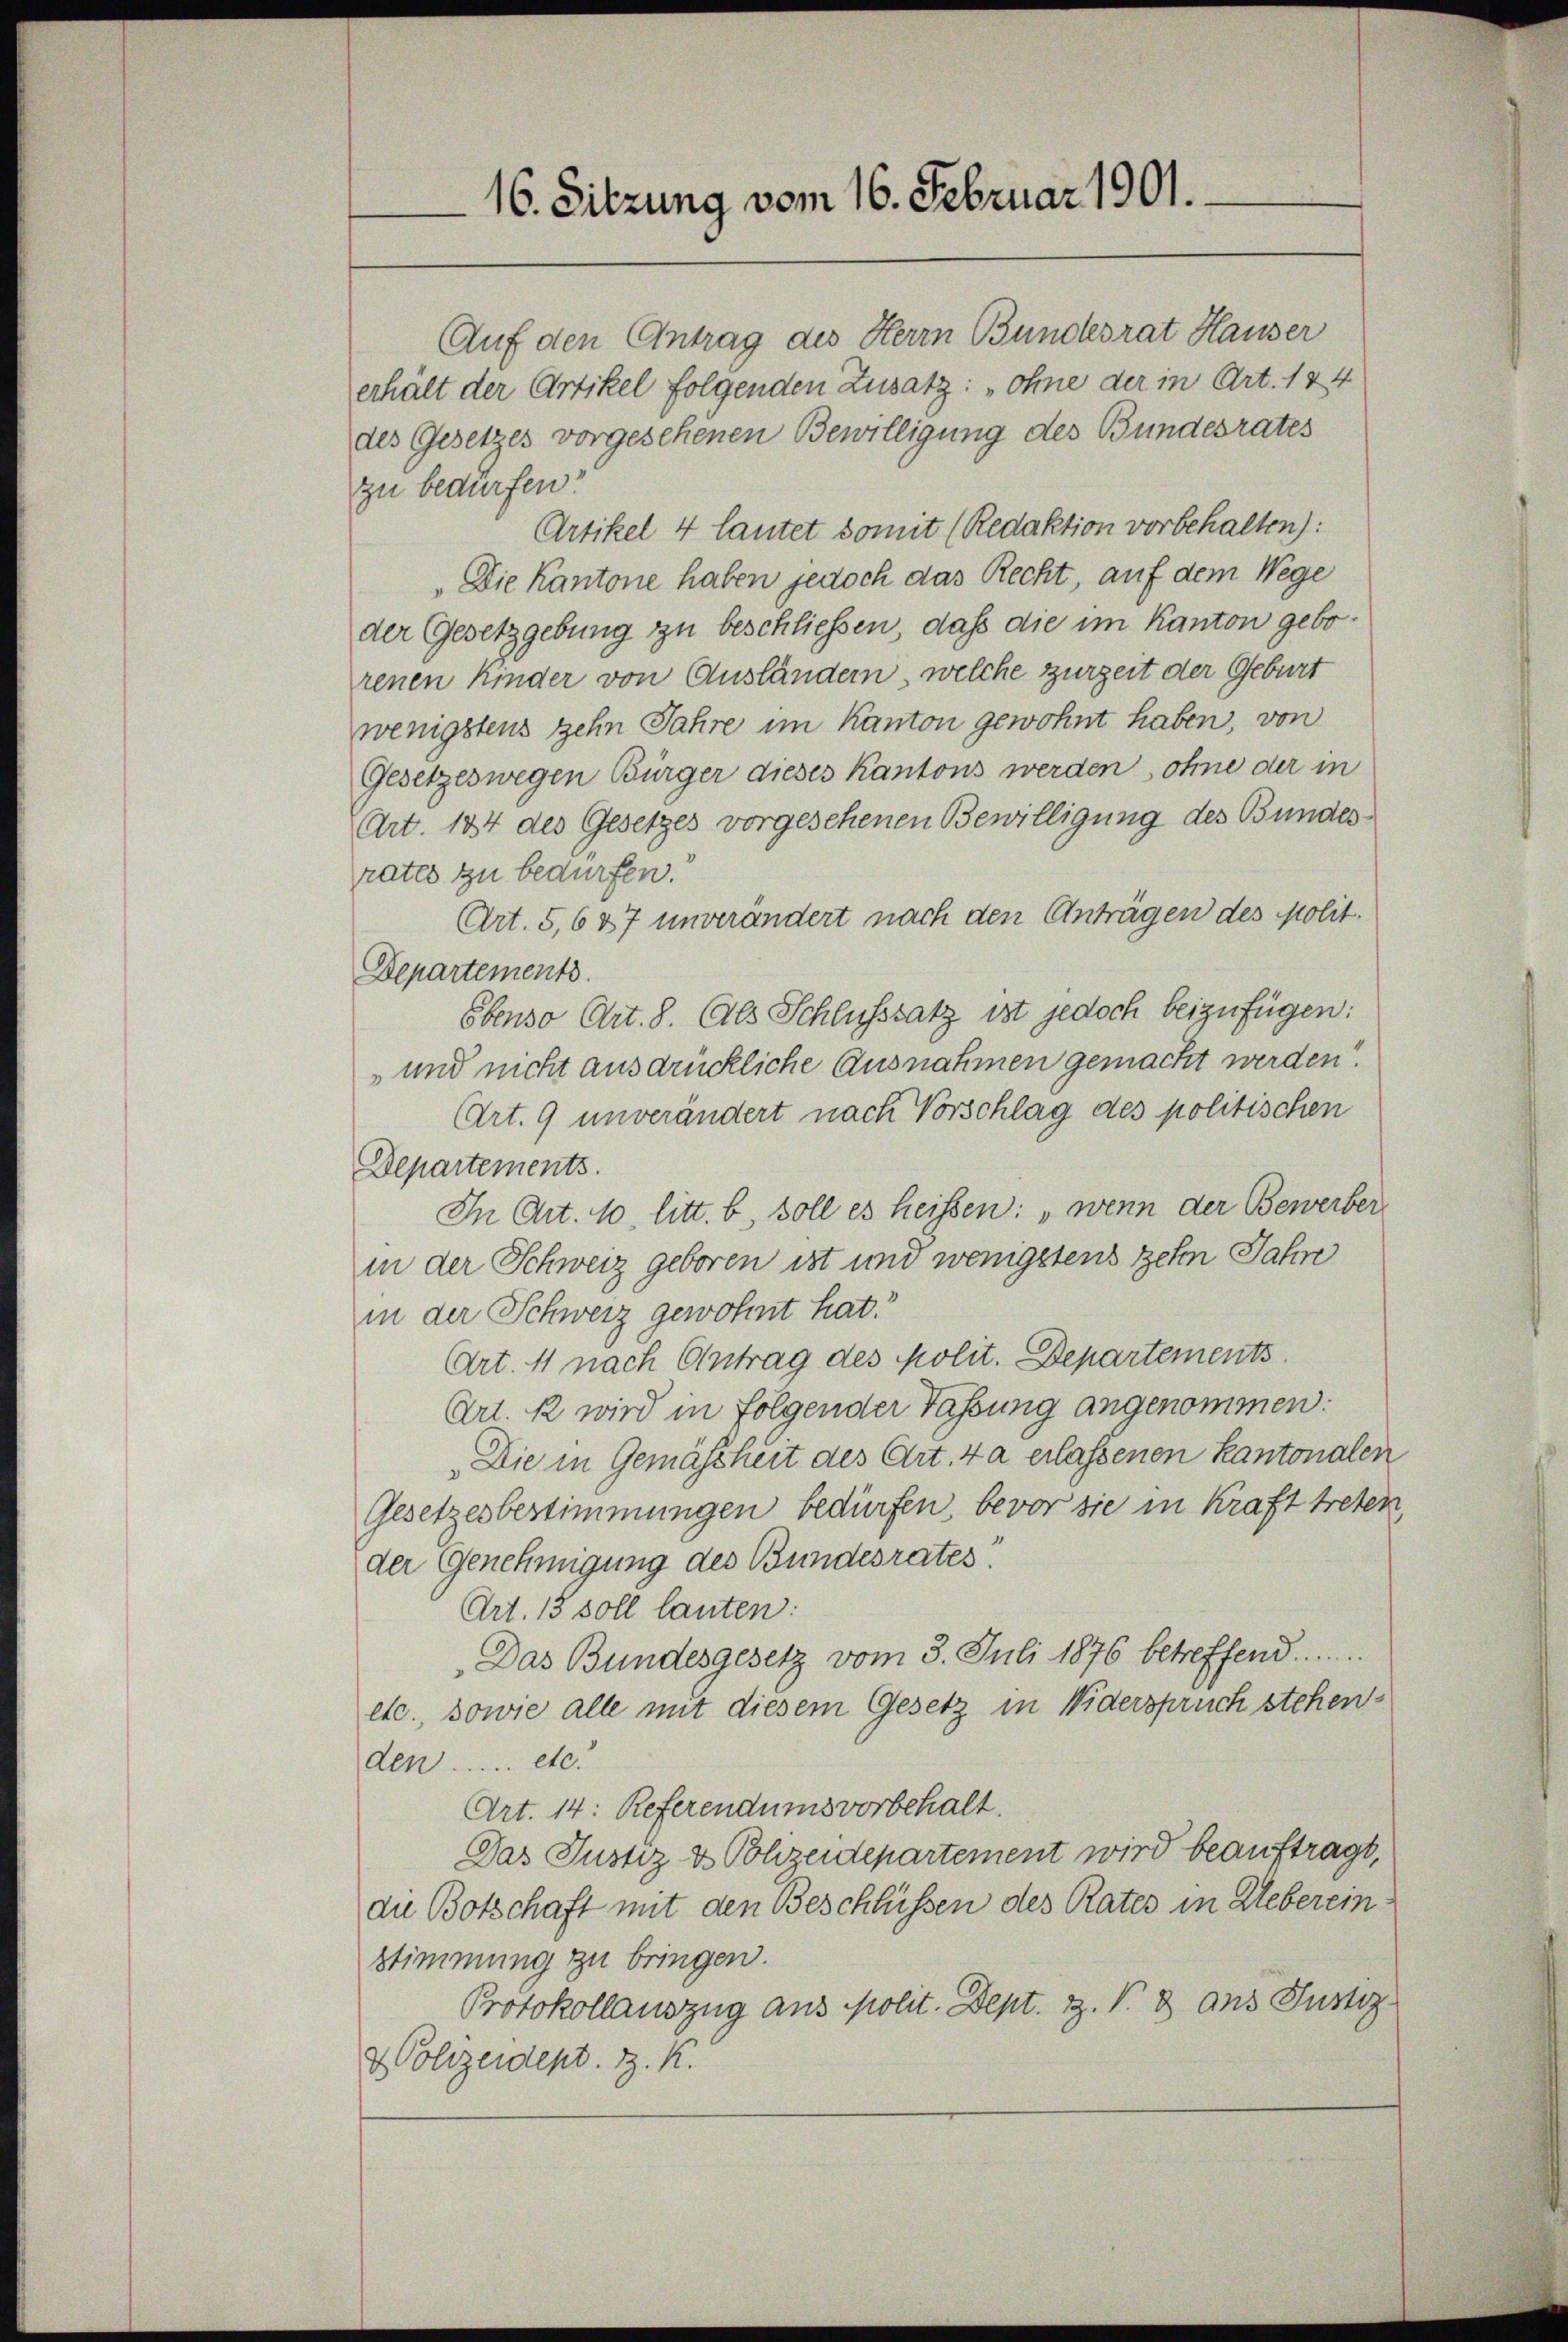
16. Sitzung vom 16. Februar 1901.

Auf den Antrag des Herrn Bundesrat Hauser
erhält der Artikel folgenden Zusatz: „ohne der in Art. 124
des Gesetzes vorgesehenen Bewilligung des Bundesrates
zu bedürfen.
Artikel 4 lautet somit (Redaktion vorbehalten):
„Die Kantone haben jedoch das Recht, auf dem Wege
der Gesetzgebung zu beschließen, daß die im Kanton geborenen Kinder von Ausländern, welche zurzeit der Geburt
wenigstens zehn Jahre im Kanton gewohnt haben, von
Gesetzeswegen Bürger dieses Kantons werden, ohne der in
(Art. 184 des Gesetzes vorgesehenen Bewilligung des Bundes
rates zu bedürfen.
Art. 5,6 37 unverändert nach den Anträgen des polit.
Departements.
Ebenso Art. 8. Als Schlusssatz ist jedoch beizufügen:
und nicht ausdrückliche Ausnahmen gemacht werden?
Art. 9 unverändert nach Vorschlag des politischen
Departements
In Art. 10. litt. b, soll es heissen: „wenn der Bewerber
in der Schweiz geboren ist und wenigstens zehn Jahre
in der Schweiz gewohnt hat.
Art. 11 nach Antrag des Molit. Departements
Art. 12 wird in folgender Fassung angenommen:
Die in Gemässheit des Art. 40 erlassenen Kantonalen
Gesetzesbestimmungen bedürfen, bevor sie in Kraft treten,
der Genehmigung des Bundesrates
Art. 15 soll lauten:
Das Bundesgesetz vom 3. Juli 1876 betreffend .......
etc., sowie alle mit diesem Gesetz in Widerspruch stehenden ..... etc.
Art. 14: Referendumsvorbehalt.
Das Justiz & Polizeidepartement wird beauftragt,
die Botschaft mit den Beschlüssen des Rates in Ueberein¬
Stimmung zu bringen.
Protokollauszug aus Molit. Dept. Z. V. 3 aus Justiz-
& Polizeidept. H. K.